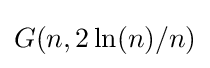
G(n,2\ln(n)/n)